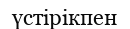
үстірікпен